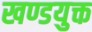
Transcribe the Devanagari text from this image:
खण्डयुक्त